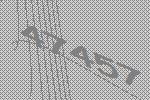
47457